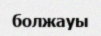
болжауы